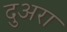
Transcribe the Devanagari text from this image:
दुअरा